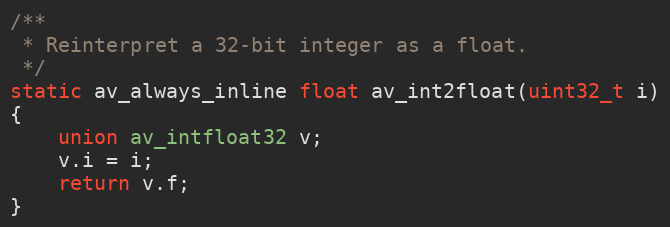
Language: C
/**
 * Reinterpret a 32-bit integer as a float.
 */
static av_always_inline float av_int2float(uint32_t i)
{
    union av_intfloat32 v;
    v.i = i;
    return v.f;
}